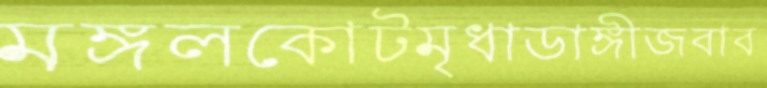
মঙ্গলকোটমৃধাডাঙ্গীজবাব